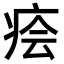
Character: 𤶊